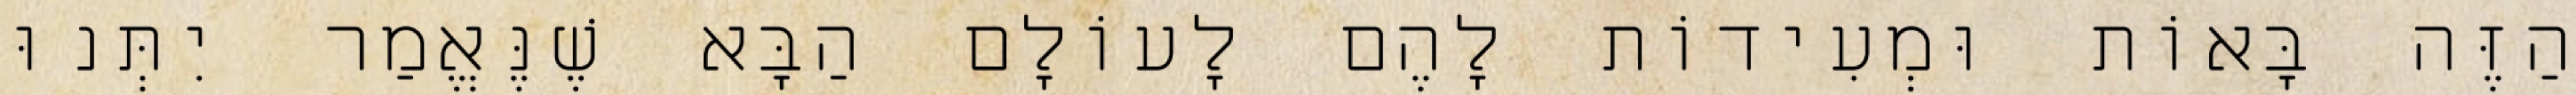
הַזֶּה בָּאוֹת וּמְעִידוֹת לָהֶם לָעוֹלָם הַבָּא שֶׁנֶּאֱמַר יִתְּנוּ